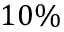
1 0 \%